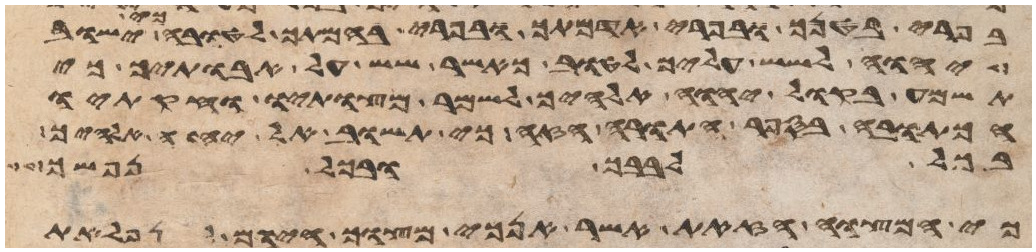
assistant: בפרי בטנך ובפרי אדמתך ובפרי בהמתך לטובה כי ישוב
יהוה לשש עליך לטוב כאשר שש על אבתיך כי
תשמע בקול יהוה אלהיך לשמר מצותיו וחקתיו
הכתובה בספר התורה הזה כי תשוב אל יהוה אלהיך
בכל לבבך ובכל נפשך
כי המצוה הזאת אשר אנכי מצוך היום לא נפלאת